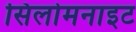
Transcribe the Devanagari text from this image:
सिलोमनाइट